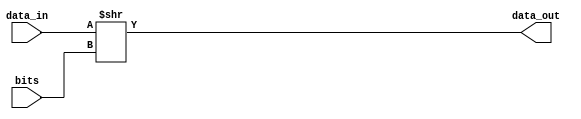
module Bshifterright(data_in, data_out, bits);
	input [31:0] data_in;
	input [31:0] bits;
	output [31:0] data_out;
assign data_out = data_in >> bits;
endmodule